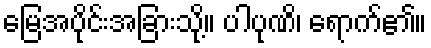
မြေအပိုင်းအခြားသို့။ ပါပုဏိ၊ ရောက်၏။